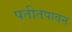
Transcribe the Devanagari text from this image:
पतीतपावन